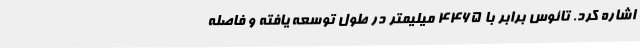
اشاره کرد. تائوس برابر با 4465 میلیمتر در طول توسعه یافته و فاصله